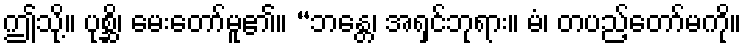
ဤသို့။ ပုစ္ဆိ၊ မေးတော်မူ၏။ “ဘန္တေ၊ အရှင်ဘုရား။ မံ၊ တပည့်တော်မကို။